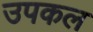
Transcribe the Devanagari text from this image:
उपकल